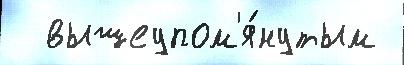
  вышеупом'я́нутым